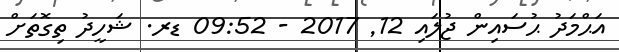
އަޙްމަދު ޙުސައިން ޖުލައި 12